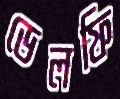
ডেলফি